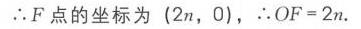
$\therefore F点的坐标为\left(2n,0\right),\ \therefore OF = 2n.$